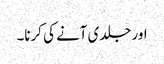
اور جلدی آنے کی کرنا۔